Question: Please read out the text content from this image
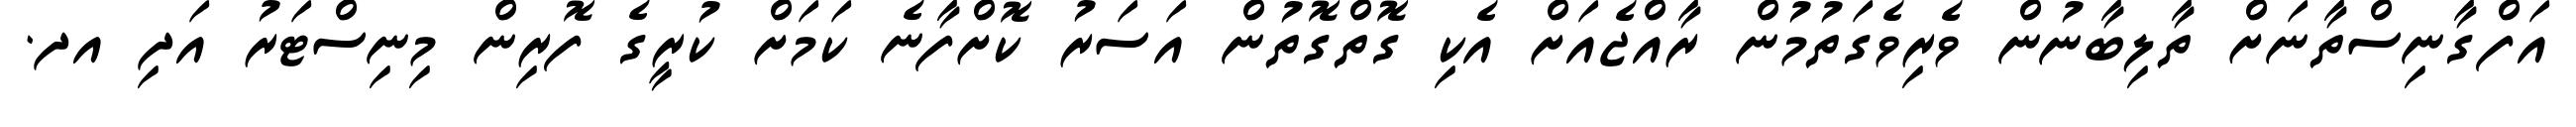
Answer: އަފްގާނިސްތާނަށް ތާލިބާނުން ވެރިވެގަތުމުން ރާއްޖެއަށް އެކި ގޮތްގޮތުން އަސަރު ކޮށްފާނެ ކަމަށް ކުރީގެ ފޮރިން މިނިސްޓަރު އަދި އދ.